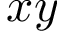
x y